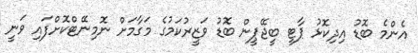
އެންމެ ބޮޑު އިދިކޮޅު ޕާޓީ ބީޖޭޕީން ބޮޑު ވަޒީރުކަމުގެ މަގާމަށް ނޮމިނޭޓްކޮށްފައި ވަނީ